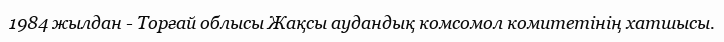
1984 жылдан - Торғай облысы Жақсы аудандық комсомол комитетінің хатшысы.